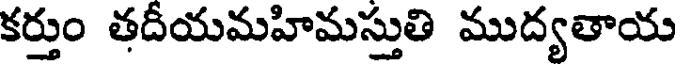
కర్తుం తదీయమహిమస్తుతి ముద్యతాయ